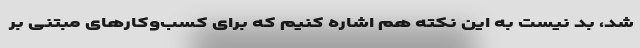
شد، بد نیست به این نکته هم اشاره کنیم که برای کسب‌وکار‌های مبتنی بر